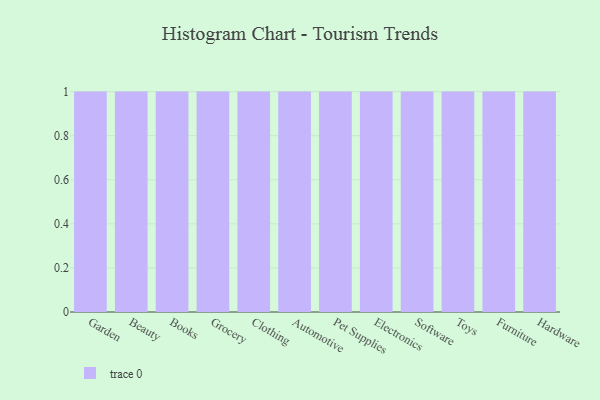
{"axis": {"x": "Category", "y": "Production Output"}, "legend": [""], "data": [{"x": "Garden", "y": 65, "type": ""}, {"x": "Beauty", "y": 98, "type": ""}, {"x": "Books", "y": 11, "type": ""}, {"x": "Grocery", "y": 94, "type": ""}, {"x": "Clothing", "y": 13, "type": ""}, {"x": "Automotive", "y": 35, "type": ""}, {"x": "Pet Supplies", "y": 10, "type": ""}, {"x": "Electronics", "y": 1, "type": ""}, {"x": "Software", "y": 67, "type": ""}, {"x": "Toys", "y": 66, "type": ""}, {"x": "Furniture", "y": 47, "type": ""}, {"x": "Hardware", "y": 1, "type": ""}]}